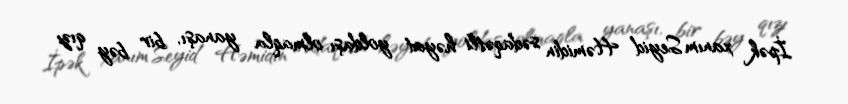
İpək xanım Seyid Həmidin sədaqətli həyat yoldaşı olmaqla yanaşı, bir bəy qızı